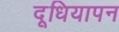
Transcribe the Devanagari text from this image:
दूधियापन